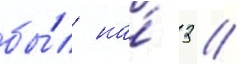
бы́л на́ 3 /